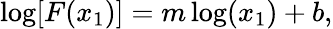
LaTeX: \log[F(x_{1})]=m\log(x_{1})+b,